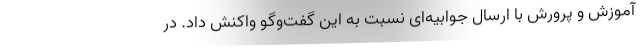
آموزش و پرورش با ارسال جوابیه‌ای نسبت به این گفت‌وگو واکنش داد. در